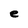
Character: e